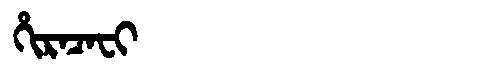
Manchu: ᡥᡳᡵᠠᠴᠠᠸᡳ
Romanization: HIRACAFI